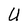
Character: U